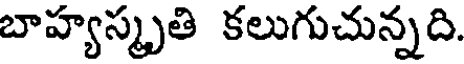
బాహ్యస్మృతి కలుగుచున్నది.